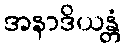
အနာဒိယန္တံ